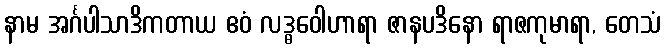
နာမ အင်္ဂပါသာဒိကတာယ ဧဝံ လဒ္ဓဝေါဟာရာ ဇာနပဒိနော ရာဇကုမာရာ, တေသံ